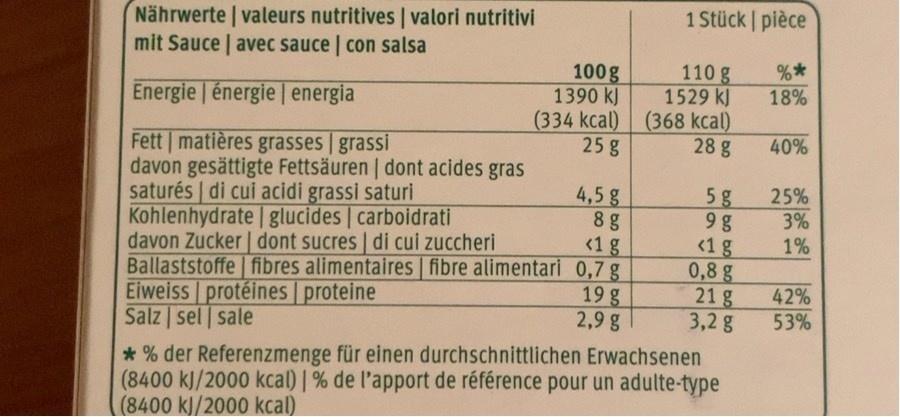
1 Stück pièce
Nährwerte valeurs nutritives | valori nutritivi mit Sauce | avec sauce | con salsa
110 g 1529 kJ
100g 1390 kJ (334 kcal) (368 kcal) 25 g
18%
Energie énergie energia
28 g
40%
Fett matières grasses grassi davon gesättigte Fettsäuren | dont acides gras saturés di cui acidi grassi saturi Kohlenhydrate glucides carboidrati davon Zucker | dont sucres | di cui zuccheri Ballaststoffe fibres alimentaires fibre alimentari 0,7 g Eiweiss protéines proteine Salz sel sale
4,5 g 8 g <1 g
25%
5g 9 g <1 g 0,8 g 21 g 3,2g
3%
1%
19 g 2,9 g
42%
53%
* % der Referenzmenge für einen durchschnittlichen Erwachsenen (8400 kJ/2000 kcal) | % de l'apport de référence pour un adulte-type (8400 kJ/2000 kcal)